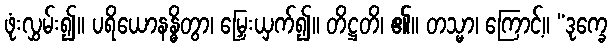
ဖုံးလွှမ်း၍။ ပရိယောနန္ဓိတွာ၊ မြှေးယှက်၍။ တိဋ္ဌတိ၊ ၏။ တသ္မာ၊ ကြောင့်။ “ဒုက္ခေ